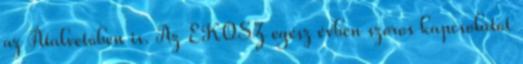
az Átalvetõben is. Az EKOSZ egész évben szoros kapcsolatot